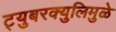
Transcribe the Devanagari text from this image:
ट्युबरक्युलिमुळे